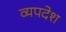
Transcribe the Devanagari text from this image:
व्यपदेश